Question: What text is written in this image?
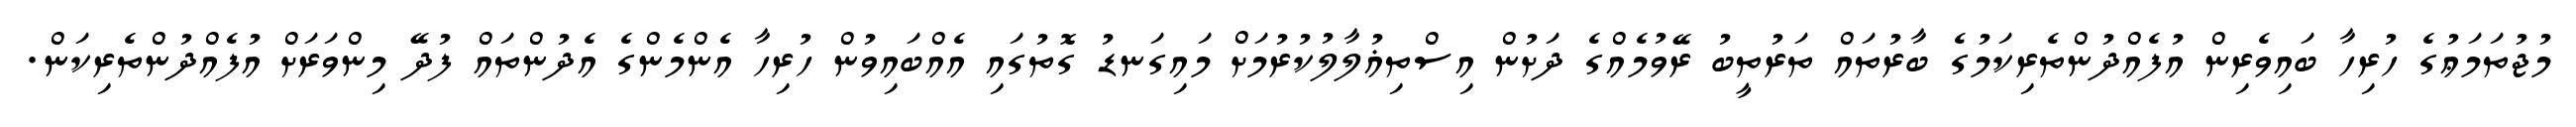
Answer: މުޖުތަމަޢުގެ ހުރިހާ ބައިވެރިން އުފެއްދުންތެރިކަމުގެ ބާރުތައް ތަރުތީބު ރޭވުމެއްގެ ދަށުން އިސްތިޣުލާލުކުރުމަށް މައިގަނޑު ގޮތުގައި އެއްބައިވުން ހުރިހާ އެންމެންގެ އެދުންތައް ފުދޭ މިންވަރަށް އުފެއްދުންތެރިކަން.